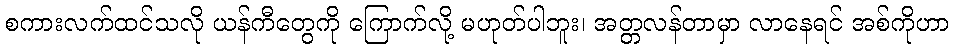
စကားလက်ထင်သလို ယန်ကီတွေကို ကြောက်လို့ မဟုတ်ပါဘူး၊ အတ္တလန်တာမှာ လာနေရင် အစ်ကိုဟာ